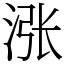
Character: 涨